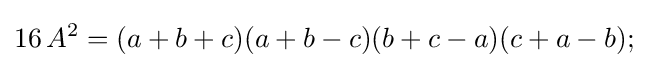
16\,A^{2}=(a+b+c)(a+b-c)(b+c-a)(c+a-b);